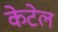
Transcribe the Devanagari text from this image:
केटेल